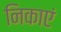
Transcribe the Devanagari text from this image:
निकाएं